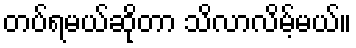
တပ်ရမယ်ဆိုတာ သိလာလိမ့်မယ်။